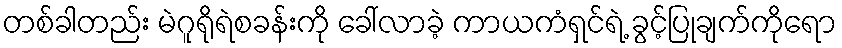
တစ်ခါတည်း မဲဂူရိုရဲစခန်းကို ခေါ်လာခဲ့ ကာယကံရှင်ရဲ့ ခွင့်ပြုချက်ကိုရော